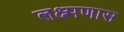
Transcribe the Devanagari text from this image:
लक्ष्मणास